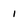
Character: 1